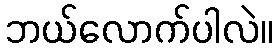
ဘယ်လောက်ပါလဲ။